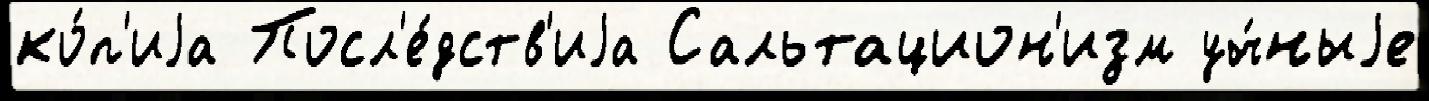
ко́п'иjа Посл'е́дств'иjа Сальтацион'изм уч́ныjе